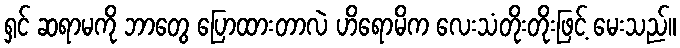
ရှင် ဆရာမကို ဘာတွေ ပြောထားတာလဲ ဟိရောမိက လေးသံတိုးတိုးဖြင့် မေးသည်။